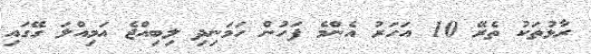
ރާޅުތަކު ތެރޭ 10 އަހަރު އެންމެ ފަހުން ހަމަނިދި ލިބިއްޖެ އަމިއްލަ ގޭގައި